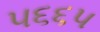
૫૬૬૫